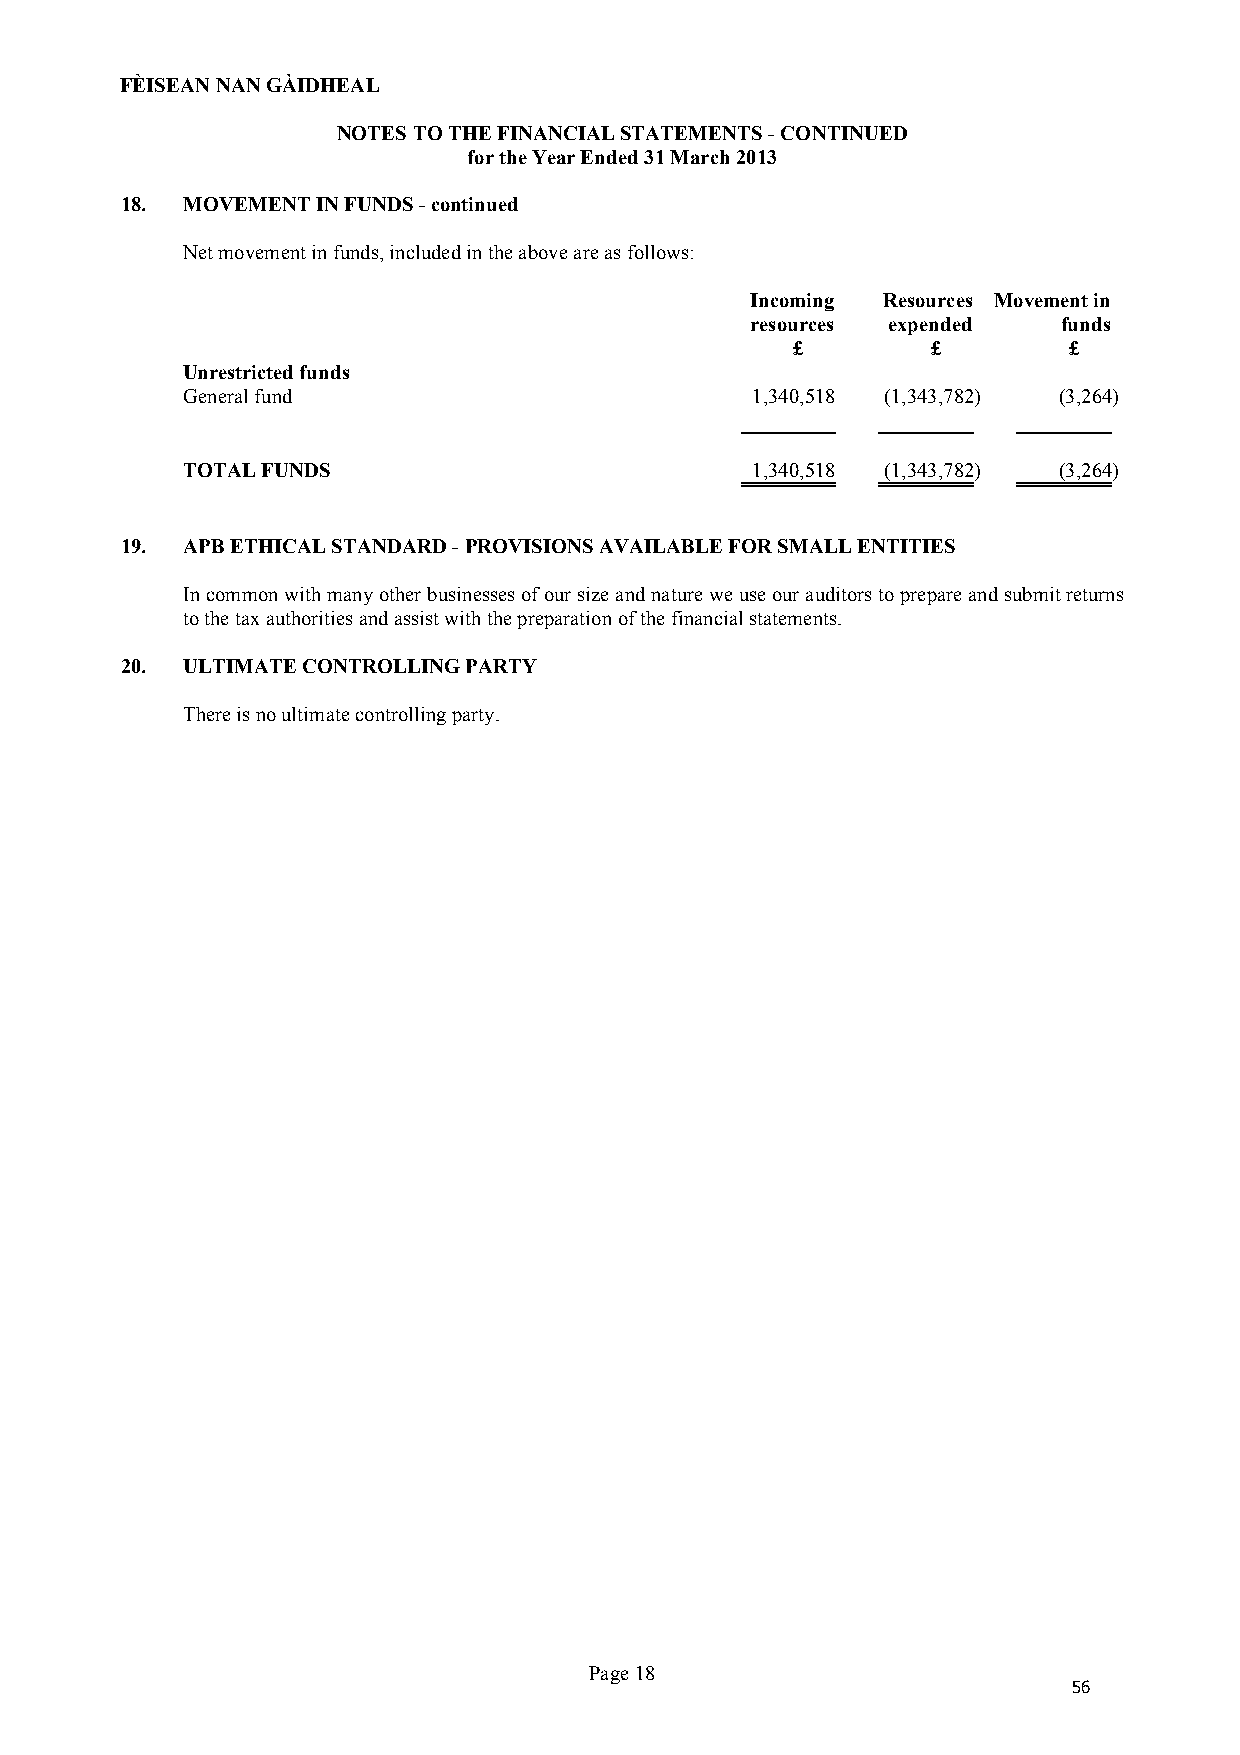
FÈISEAN NAN GÀIDHEAL
 NOTES TO THE FINANCIAL STATEMENTS - CONTINUED
 for the Year Ended 31 March 2013
 18. MOVEMENT IN FUNDS - continued
 Net movement in funds, included in the above are as follows:
 Incoming Resources Movement in
 resources expended  funds
 £         £        £
 Unrestricted funds
 General fund                          1,340,518 (1,343,782) (3,264)
 TOTAL FUNDS                           1,340,518 (1,343,782) (3,264)
 19. APB ETHICAL STANDARD - PROVISIONS AVAILABLE FOR SMALL ENTITIES
 In common with many other businesses of our size and nature we use our auditors to prepare and submit returns
 to the tax authorities and assist with the preparation of the financial statements.
 20. ULTIMATE CONTROLLING PARTY
 There is no ultimate controlling party.
 Page 18
 56